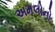
અમલોનો